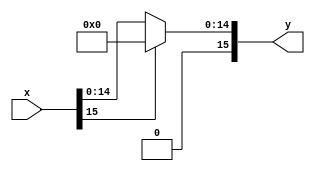
module actifunc#(parameter N=16)(x,y);
   input [N-1:0] x;
   output [N-1:0] y;
   assign y = x[N-1] ? {N{1'b0}} : x;
endmodule